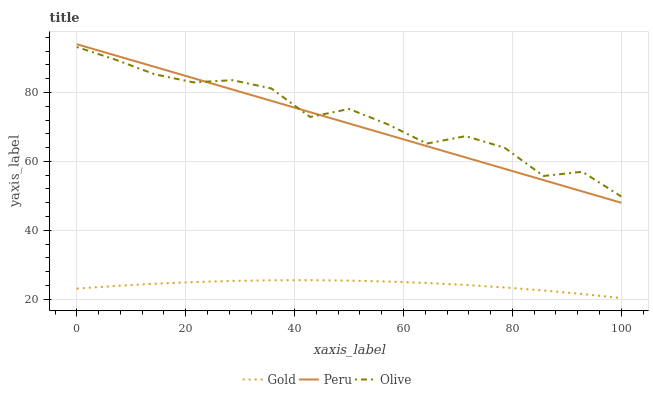
| xaxis_label | Gold | Peru | Olive |
 | --- | --- | --- | --- |
 | 0 | 23.1 | 94 | 93.2 |
 | 7.14 | 23.9 | 90.7 | 89.5 |
 | 14.3 | 24.5 | 87.4 | 85.3 |
 | 21.4 | 25 | 84.1 | 82.9 |
 | 28.6 | 25.3 | 80.9 | 83.6 |
 | 35.7 | 25.5 | 77.6 | 81.2 |
 | 42.9 | 25.5 | 74.3 | 72.9 |
 | 50 | 25.4 | 71 | 75.2 |
 | 57.1 | 25.1 | 67.7 | 70.7 |
 | 64.3 | 24.7 | 64.4 | 65.2 |
 | 71.4 | 24.2 | 61.1 | 67.3 |
 | 78.6 | 23.4 | 57.9 | 64 |
 | 85.7 | 22.6 | 54.6 | 55.8 |
 | 92.9 | 21.5 | 51.3 | 57 |
 | 100 | 20.3 | 48 | 49.8 |